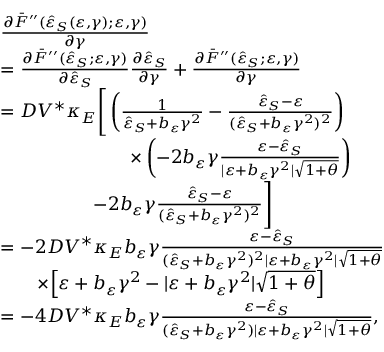
\begin{array} { r l } & { \frac { \partial \bar { F } ^ { \prime \prime } ( \hat { \varepsilon } _ { S } ( \varepsilon , \gamma ) ; \varepsilon , \gamma ) } { \partial \gamma } } \\ & { = \frac { \partial \bar { F } ^ { \prime \prime } ( \hat { \varepsilon } _ { S } ; \varepsilon , \gamma ) } { \partial \hat { \varepsilon } _ { S } } \frac { \partial \hat { \varepsilon } _ { S } } { \partial \gamma } + \frac { \partial \bar { F } ^ { \prime \prime } ( \hat { \varepsilon } _ { S } ; \varepsilon , \gamma ) } { \partial \gamma } } \\ & { = D V ^ { \ast } \kappa _ { E } \Bigg [ \left( \frac { 1 } { \hat { \varepsilon } _ { S } + b _ { \varepsilon } \gamma ^ { 2 } } - \frac { \hat { \varepsilon } _ { S } - \varepsilon } { ( \hat { \varepsilon } _ { S } + b _ { \varepsilon } \gamma ^ { 2 } ) ^ { 2 } } \right) } \\ & { \qquad \qquad \qquad \quad \times \left( - 2 b _ { \varepsilon } \gamma \frac { \varepsilon - \hat { \varepsilon } _ { S } } { \vert \varepsilon + b _ { \varepsilon } \gamma ^ { 2 } \vert \sqrt { 1 + \theta } } \right) } \\ & { \qquad \qquad \quad - 2 b _ { \varepsilon } \gamma \frac { \hat { \varepsilon } _ { S } - \varepsilon } { ( \hat { \varepsilon } _ { S } + b _ { \varepsilon } \gamma ^ { 2 } ) ^ { 2 } } \Bigg ] } \\ & { = - 2 D V ^ { \ast } \kappa _ { E } b _ { \varepsilon } \gamma \frac { \varepsilon - \hat { \varepsilon } _ { S } } { ( \hat { \varepsilon } _ { S } + b _ { \varepsilon } \gamma ^ { 2 } ) ^ { 2 } \vert \varepsilon + b _ { \varepsilon } \gamma ^ { 2 } \vert \sqrt { 1 + \theta } } } \\ & { \qquad \times \Big [ \varepsilon + b _ { \varepsilon } \gamma ^ { 2 } - \vert \varepsilon + b _ { \varepsilon } \gamma ^ { 2 } \vert \sqrt { 1 + \theta } \Big ] } \\ & { = - 4 D V ^ { \ast } \kappa _ { E } b _ { \varepsilon } \gamma \frac { \varepsilon - \hat { \varepsilon } _ { S } } { ( \hat { \varepsilon } _ { S } + b _ { \varepsilon } \gamma ^ { 2 } ) \vert \varepsilon + b _ { \varepsilon } \gamma ^ { 2 } \vert \sqrt { 1 + \theta } } , } \end{array}